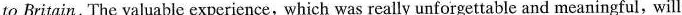
to Britain. The valuable experience, which was really unforgettable and meaningful, will